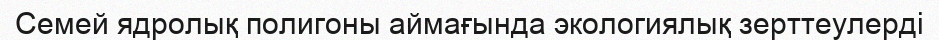
Семей ядролық полигоны аймағында экологиялық зерттеулерді